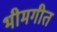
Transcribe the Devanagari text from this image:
भीमगीत